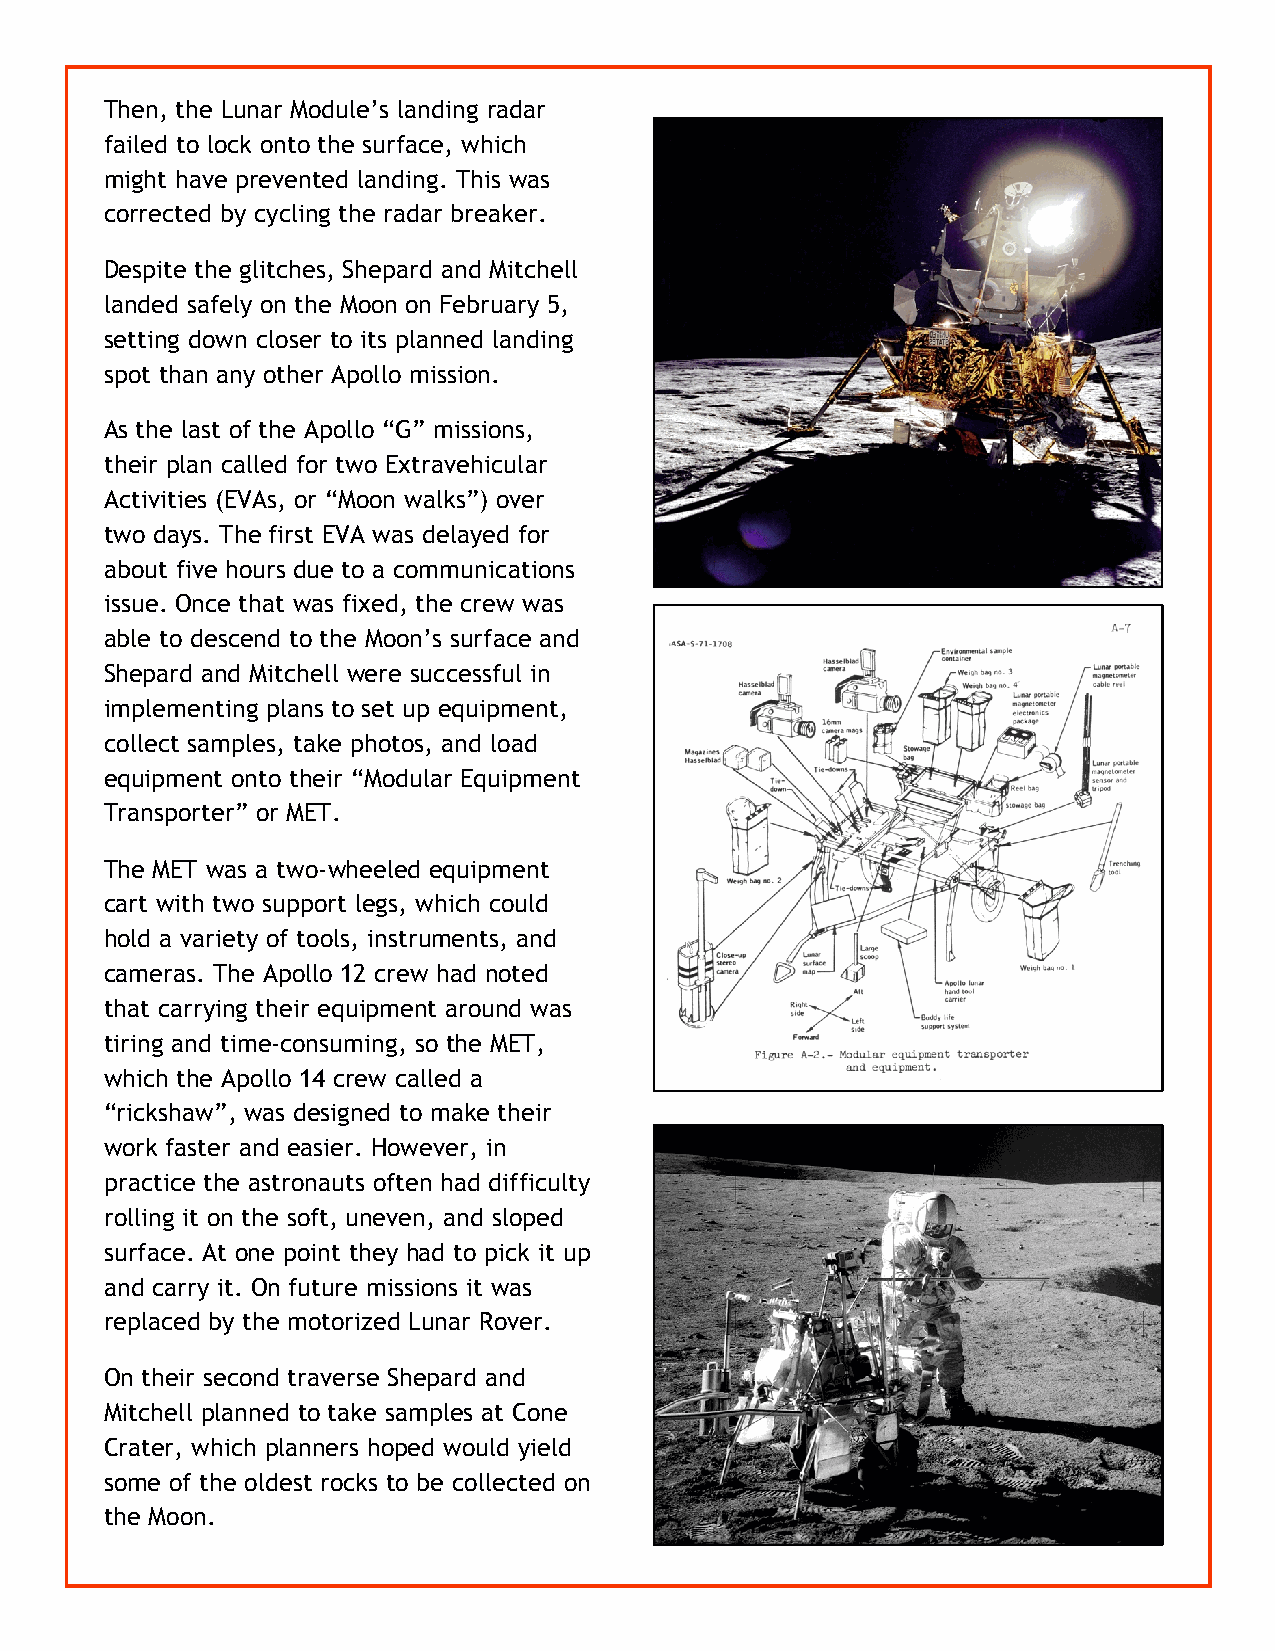
Then, the Lunar Module’s landing radar
 failed to lock onto the surface, which
 might have prevented landing. This was
 corrected by cycling the radar breaker.
 Despite the glitches, Shepard and Mitchell
 landed safely on the Moon on February 5,
 setting down closer to its planned landing
 spot than any other Apollo mission.
 As the last of the Apollo “G” missions,
 their plan called for two Extravehicular
 Activities (EVAs, or “Moon walks”) over
 two days. The first EVA was delayed for
 about five hours due to a communications
 issue. Once that was fixed, the crew was
 able to descend to the Moon’s surface and
 Shepard and Mitchell were successful in
 implementing plans to set up equipment,
 collect samples, take photos, and load
 equipment onto their “Modular Equipment
 Transporter” or MET.
 The MET was a two-wheeled equipment
 cart with two support legs, which could
 hold a variety of tools, instruments, and
 cameras. The Apollo 12 crew had noted
 that carrying their equipment around was
 tiring and time-consuming, so the MET,
 which the Apollo 14 crew called a
 “rickshaw”, was designed to make their
 work faster and easier. However, in
 practice the astronauts often had difficulty
 rolling it on the soft, uneven, and sloped
 surface. At one point they had to pick it up
 and carry it. On future missions it was
 replaced by the motorized Lunar Rover.
 On their second traverse Shepard and
 Mitchell planned to take samples at Cone
 Crater, which planners hoped would yield
 some of the oldest rocks to be collected on
 the Moon.